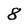
Character: 8